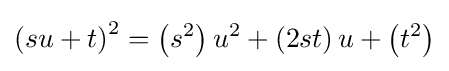
\left(su+t\right)^{2}=\left(s^{2}\right)u^{2}+\left(2st\right)u+\left(t^{2}\right)